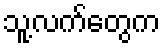
သူ့လက်တွေက